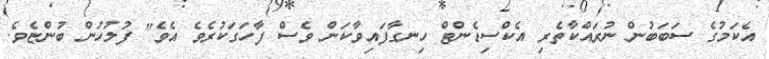
އެކަމުގެ ސަބަބުން ނުރައްކާތެރި އެކްސިޑެންޓް ހިނގާފައިވާކަން ވެސް ފާހަގަކުރެވެ އެވެ" ފުލުހުން ބުންޏެވެ.